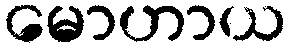
မောဟာယ